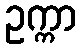
ဥက္ကာ